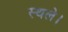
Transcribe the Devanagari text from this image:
स्थले।